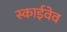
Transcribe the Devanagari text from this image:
स्काईवेव